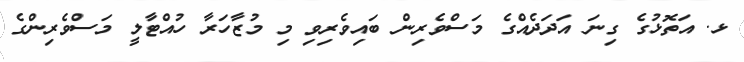
ޅ. އަތޮޅުގެ ގިނަ އަދަދެއްގެ މަސްވެރިން ބައިވެރިވި މި މުޒާހަރާ ހުއްޓާލީ މަސްވެރިންގެ